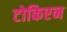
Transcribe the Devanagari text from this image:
टोकिएन